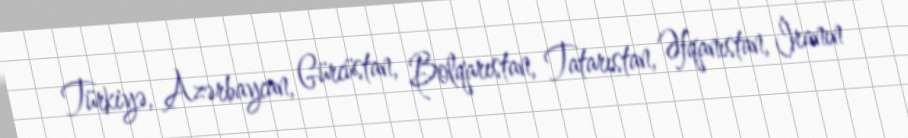
Türkiyə, Azərbaycan, Gürcüstan, Bolqarıstan, Tatarıstan, Əfqanıstan, İranın